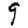
Digit: 9